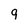
Character: 9